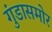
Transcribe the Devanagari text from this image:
गुंडासमोर